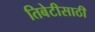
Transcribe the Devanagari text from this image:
तिबेटीसाठी